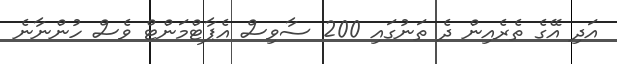
އަދި އޭގެ ތެރެއިން ދެ ތަނުގައި 200 ސާވިސް އެޕާޓްމަންޓް ވެސް ހުންނާނެ